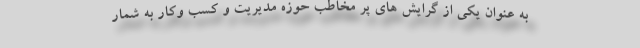
به عنوان یکی از گرایش های پر مخاطب حوزه مدیریت و کسب وکار به شمار